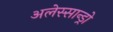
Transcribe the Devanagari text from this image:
अलेस्सान्ड्रो